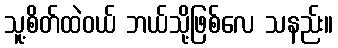
သူ့စိတ်ထဲဝယ် ဘယ်သို့ဖြစ်လေ သနည်း။